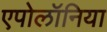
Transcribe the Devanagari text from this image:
एपोलॉनिया